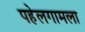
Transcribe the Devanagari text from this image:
पहेलगामला